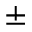
\pm